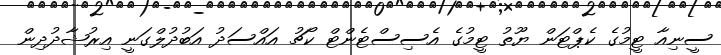
ސީނިއާ ޓީމުގެ ކެޕްޓަން ޔޫތު ޓީމުގެ އެސިސްޓެންޓް ކޯޗު އައްސަދު އަބުދުލްގަނީ އިރުޝާދުދިން